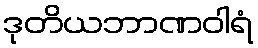
ဒုတိယဘာဏဝါရံ